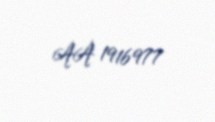
AA 1916977